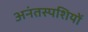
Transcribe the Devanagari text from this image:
अनंतस्पशियों